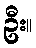
ဦး။